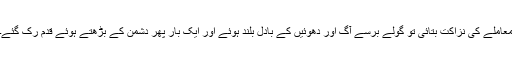
معاملے کی نزاکت بتائی تو گولے برسے آگ اور دھوئیں کے بادل بلند ہوئے اور ایک بار پھر دشمن کے بڑھتے ہوئے قدم رک گئے۔